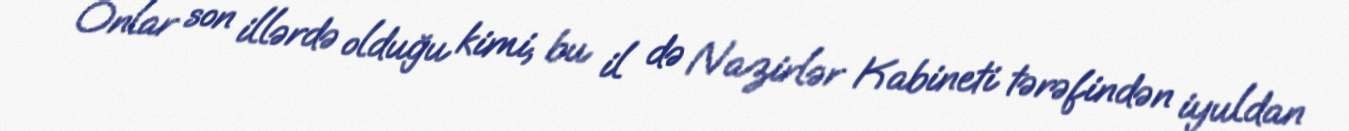
Onlar son illərdə olduğu kimi, bu il də Nazirlər Kabineti tərəfindən iyuldan